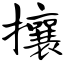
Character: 攘